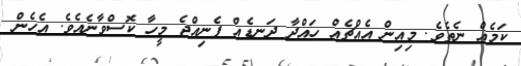
ކަމެއް ނެތެވެ. މިއިން އެއްޗެއް ހައްދާ ދަނޑެއް ފެނިއްޖެ މީހާ ކޮސްވާނެއެވެ. އެހެން